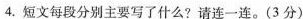
4.短文每段分别主要写了什么?请连一连。(3分)